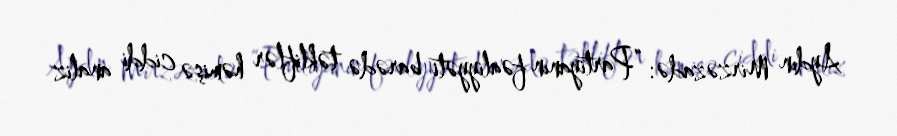
Aydın Mirzəzadə: “Partiyanın fəaliyyəti barədə təkliflər həmişə ciddi analiz